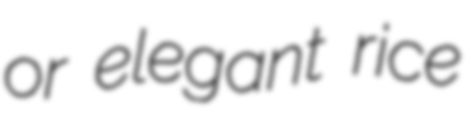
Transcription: or elegant rice